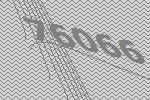
76066